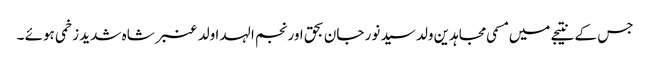
جس کے نتیجے میں مسمی مجاہدین ولد سید نور جان بحق اور نجم الہدا ولد عنبر شاہ شدید زخمی ہوئے ۔